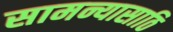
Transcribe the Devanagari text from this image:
सामन्यासाठि